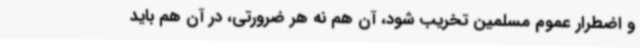
و اضطرار عموم مسلمین تخریب شود، آن هم نه هر ضرورتی، در آن هم باید